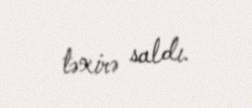
təxirə saldı.